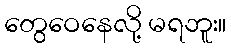
တွေဝေနေလို့ မရဘူး။